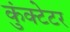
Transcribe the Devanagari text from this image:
कुंक्टेटर